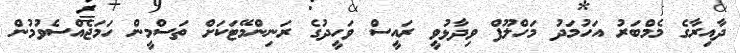
ދާއިރާގެ މެމްބަރު އަހުމަދު މަހްލޫފް ވިދާޅުވީ ރައީސް ވަހީދުގެ ރަނިންމޭޓަކަށް ތަސްމީން ހަމަޖެއްސެވުމުން